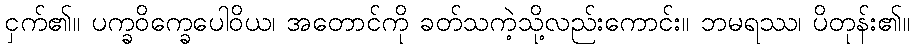
ငှက်၏။ ပက္ခဝိက္ခေပေါဝိယ၊ အတောင်ကို ခတ်သကဲ့သို့လည်းကောင်း။ ဘမရဿ၊ ပိတုန်း၏။